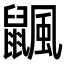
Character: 𪕴